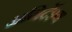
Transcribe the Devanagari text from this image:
अनिर्देश्य